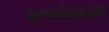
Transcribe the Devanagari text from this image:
ब्रांकोस्कोपी